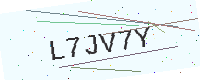
Text: L7JV7Y